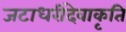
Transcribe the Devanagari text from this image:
जटाधरीदेवाकृति